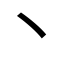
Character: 丶